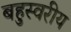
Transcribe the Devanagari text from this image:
बहुस्वरीय